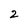
Character: 2